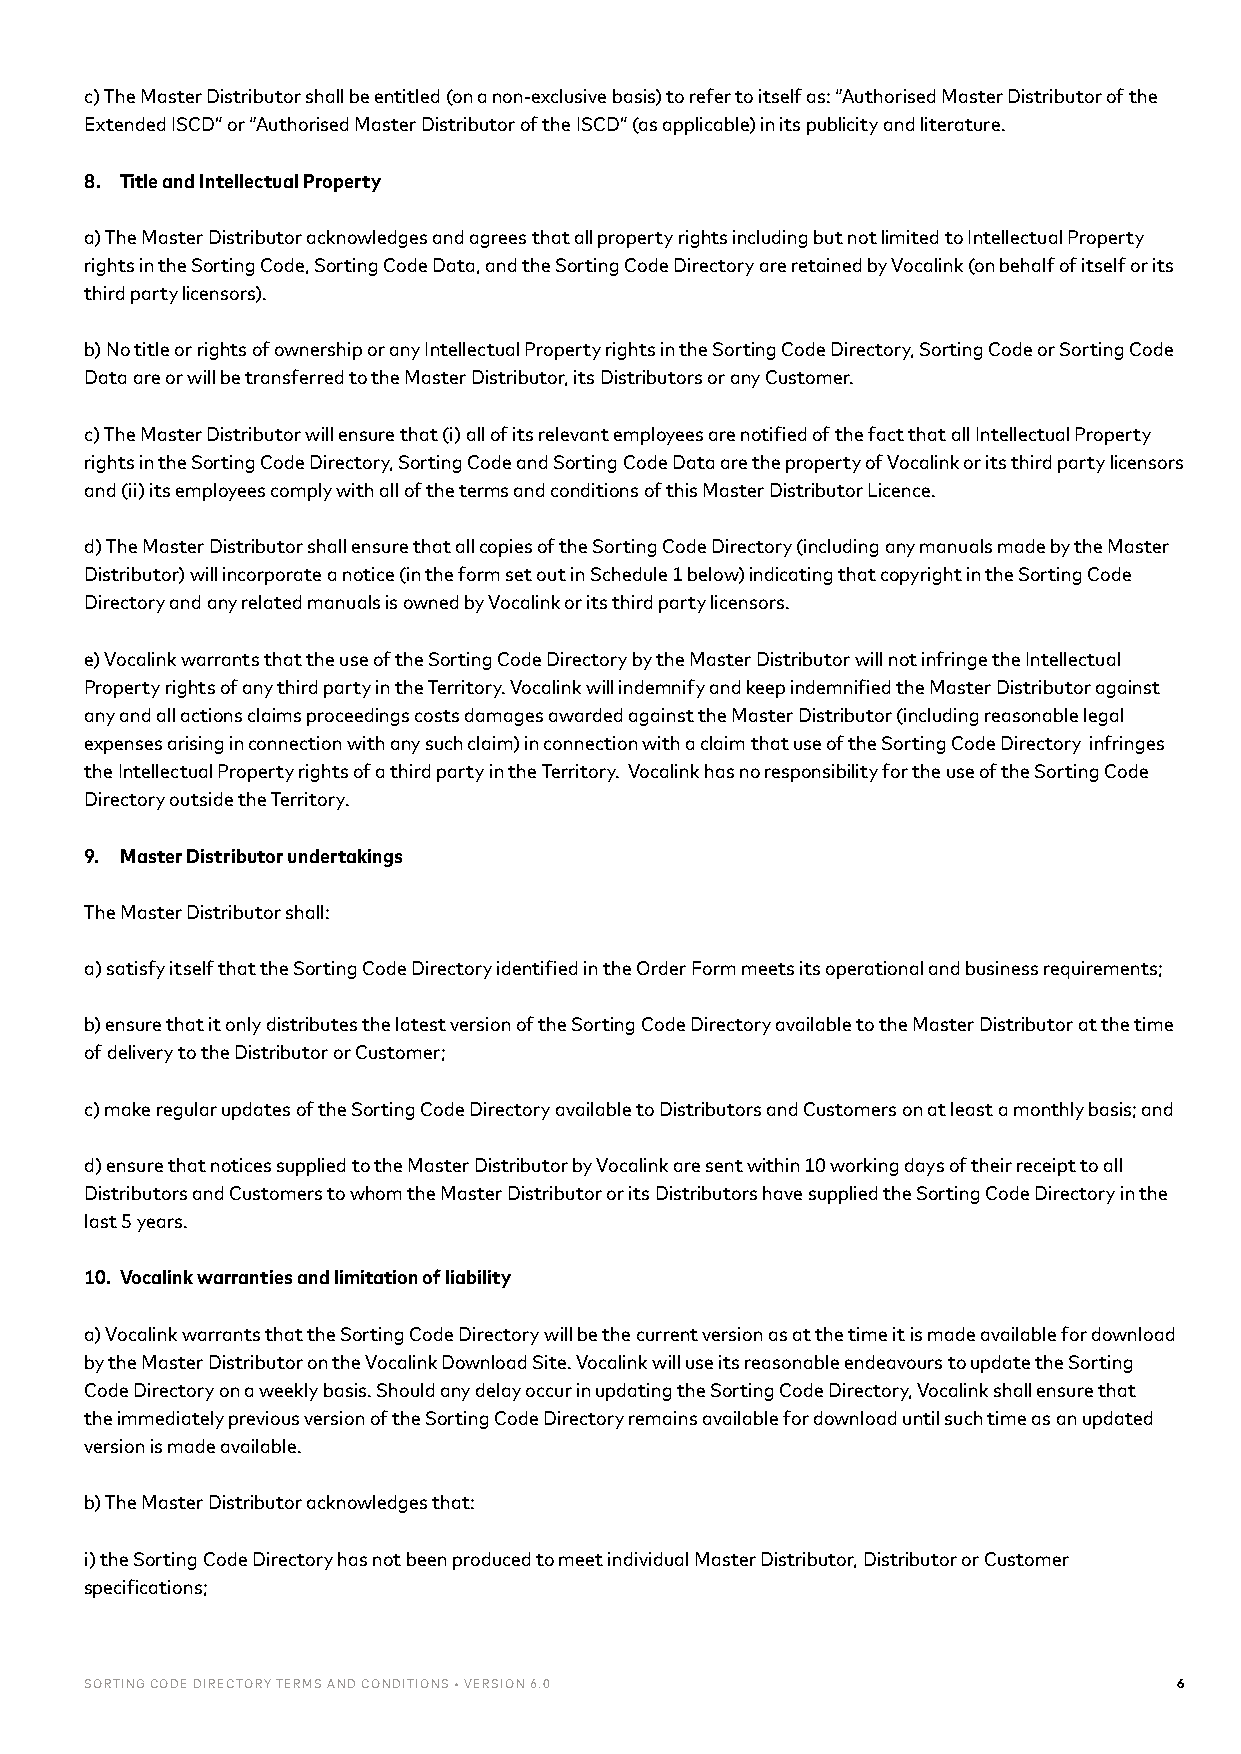
c) The Master Distributor shall be entitled (on a non-exclusive basis) to refer to itself as: “Authorised Master Distributor of the
 Extended ISCD” or “Authorised Master Distributor of the ISCD” (as applicable) in its publicity and literature.
 8. Title and Intellectual Property
 a) The Master Distributor acknowledges and agrees that all property rights including but not limited to Intellectual Property
 rights in the Sorting Code, Sorting Code Data, and the Sorting Code Directory are retained by Vocalink (on behalf of itself or its
 third party licensors).
 b) No title or rights of ownership or any Intellectual Property rights in the Sorting Code Directory, Sorting Code or Sorting Code
 Data are or will be transferred to the Master Distributor, its Distributors or any Customer.
 c) The Master Distributor will ensure that (i) all of its relevant employees are notified of the fact that all Intellectual Property
 rights in the Sorting Code Directory, Sorting Code and Sorting Code Data are the property of Vocalink or its third party licensors
 and (ii) its employees comply with all of the terms and conditions of this Master Distributor Licence.
 d) The Master Distributor shall ensure that all copies of the Sorting Code Directory (including any manuals made by the Master
 Distributor) will incorporate a notice (in the form set out in Schedule 1 below) indicating that copyright in the Sorting Code
 Directory and any related manuals is owned by Vocalink or its third party licensors.
 e) Vocalink warrants that the use of the Sorting Code Directory by the Master Distributor will not infringe the Intellectual
 Property rights of any third party in the Territory. Vocalink will indemnify and keep indemnified the Master Distributor against
 any and all actions claims proceedings costs damages awarded against the Master Distributor (including reasonable legal
 expenses arising in connection with any such claim) in connection with a claim that use of the Sorting Code Directory infringes
 the Intellectual Property rights of a third party in the Territory. Vocalink has no responsibility for the use of the Sorting Code
 Directory outside the Territory.
 9. Master Distributor undertakings
 The Master Distributor shall:
 a) satisfy itself that the Sorting Code Directory identified in the Order Form meets its operational and business requirements;
 b) ensure that it only distributes the latest version of the Sorting Code Directory available to the Master Distributor at the time
 of delivery to the Distributor or Customer;
 c) make regular updates of the Sorting Code Directory available to Distributors and Customers on at least a monthly basis; and
 d) ensure that notices supplied to the Master Distributor by Vocalink are sent within 10 working days of their receipt to all
 Distributors and Customers to whom the Master Distributor or its Distributors have supplied the Sorting Code Directory in the
 last 5 years.
 10. Vocalink warranties and limitation of liability
 a) Vocalink warrants that the Sorting Code Directory will be the current version as at the time it is made available for download
 by the Master Distributor on the Vocalink Download Site. Vocalink will use its reasonable endeavours to update the Sorting
 Code Directory on a weekly basis. Should any delay occur in updating the Sorting Code Directory, Vocalink shall ensure that
 the immediately previous version of the Sorting Code Directory remains available for download until such time as an updated
 version is made available.
 b) The Master Distributor acknowledges that:
 i) the Sorting Code Directory has not been produced to meet individual Master Distributor, Distributor or Customer
 specifications;
 SORTING CODE DIRECTORY TERMS AND CONDITIONS • VERSION 6.0               6